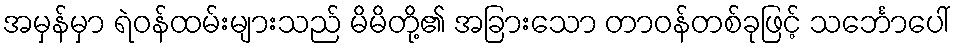
အမှန်မှာ ရဲဝန်ထမ်းများသည် မိမိတို့၏ အခြားသော တာဝန်တစ်ခုဖြင့် သင်္ဘောပေါ်